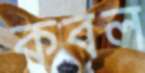
কবল